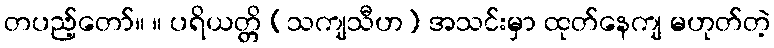
တပည့်တော်။ ။ ပရိယတ္တိ (သကျသီဟ) အသင်းမှာ ထုတ်နေကျ မဟုတ်တဲ့